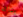
بنائه